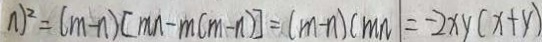
n ) ^ { 2 } = ( m - n ) [ m n - m ( m - n ) ] = ( m - n ) ( m n ) = - 2 x y ( x + y )